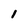
Character: l